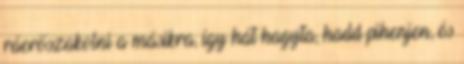
ráerőszakolni a másikra, így hát hagyta, hadd pihenjen, és